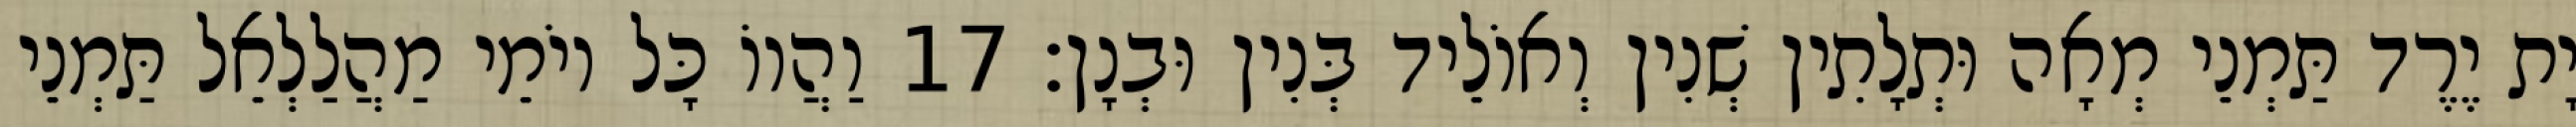
יָת יֶרֶד תַּמְנֵי מְאָה וּתְלָתִין שְׁנִין וְאוֹלֵיד בְּנִין וּבְנָן׃ 17 וַהֲווֹ כָּל יוֹמֵי מַהֲלַלְאֵל תַּמְנֵי